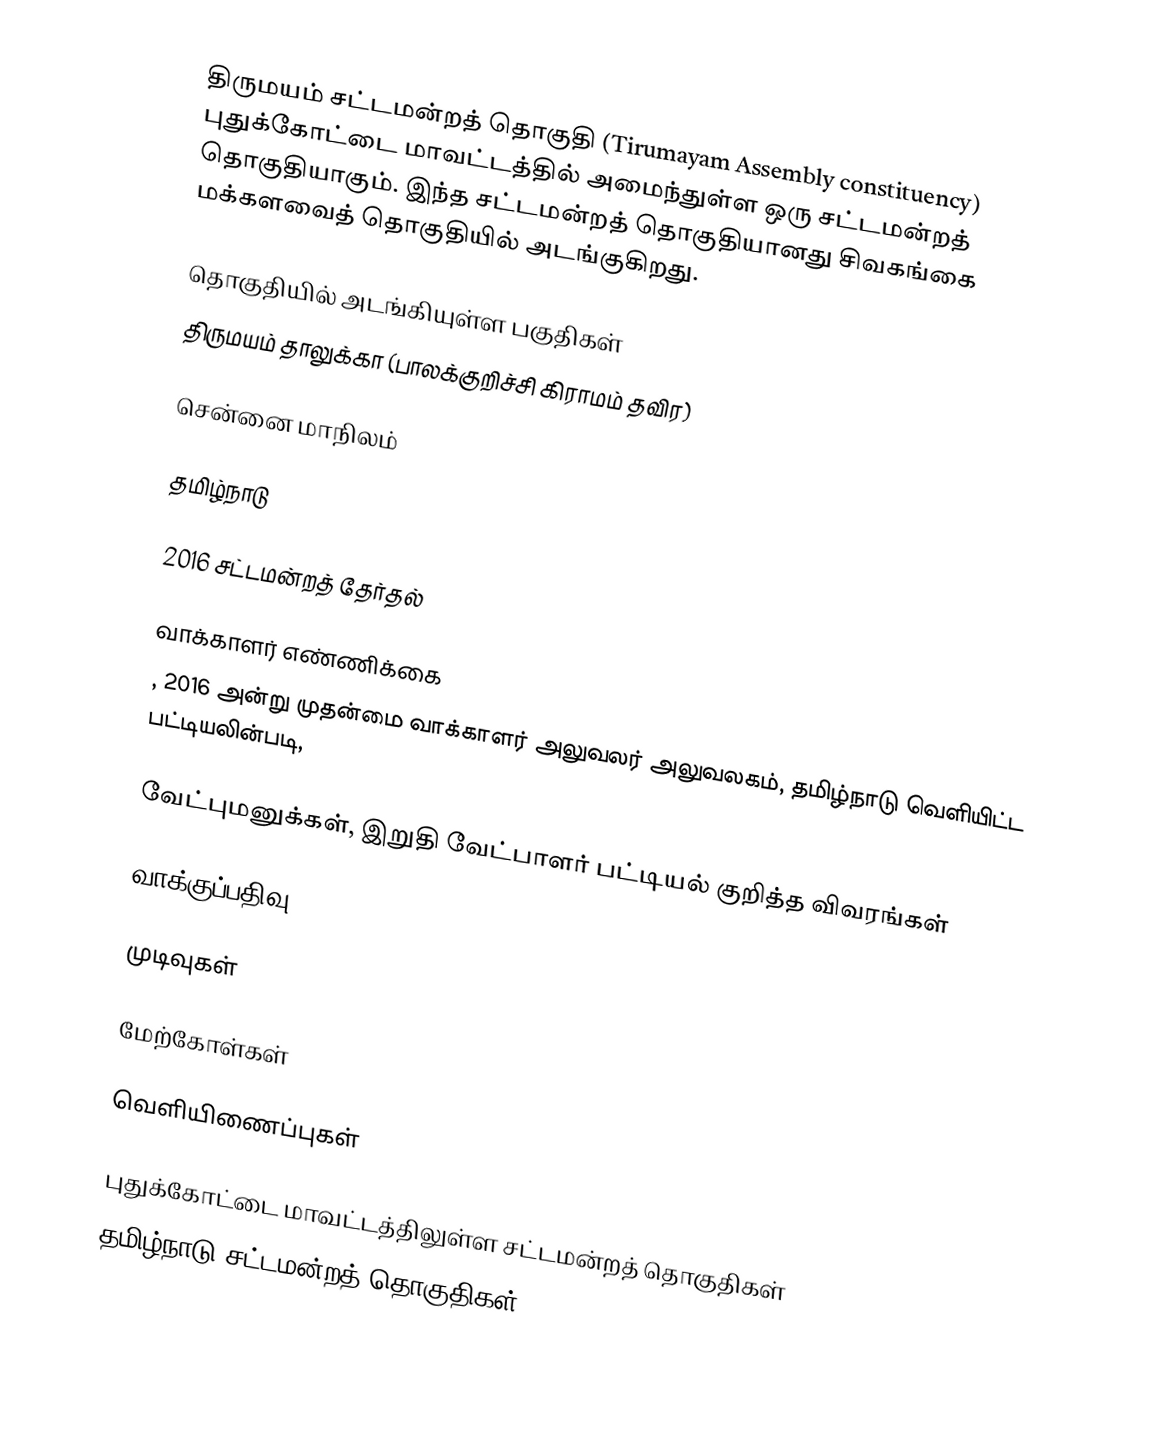
திருமயம் சட்டமன்றத் தொகுதி (Tirumayam Assembly constituency) புதுக்கோட்டை மாவட்டத்தில் அமைந்துள்ள ஒரு சட்டமன்றத் தொகுதியாகும். இந்த சட்டமன்றத் தொகுதியானது சிவகங்கை மக்களவைத் தொகுதியில் அடங்குகிறது.

தொகுதியில் அடங்கியுள்ள பகுதிகள்
திருமயம் தாலுக்கா (பாலக்குறிச்சி கிராமம் தவிர)

சென்னை மாநிலம்

தமிழ்நாடு

2016 சட்டமன்றத் தேர்தல்

வாக்காளர் எண்ணிக்கை
, 2016 அன்று முதன்மை வாக்காளர் அலுவலர் அலுவலகம், தமிழ்நாடு வெளியிட்ட பட்டியலின்படி,

வேட்புமனுக்கள், இறுதி வேட்பாளர் பட்டியல் குறித்த விவரங்கள்

வாக்குப்பதிவு

முடிவுகள்

மேற்கோள்கள்

வெளியிணைப்புகள்

புதுக்கோட்டை மாவட்டத்திலுள்ள சட்டமன்றத் தொகுதிகள்
தமிழ்நாடு சட்டமன்றத் தொகுதிகள்